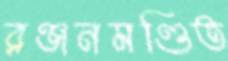
রঞ্জনমণ্ডিত